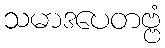
သမာဒပေတဗ္ဗံ